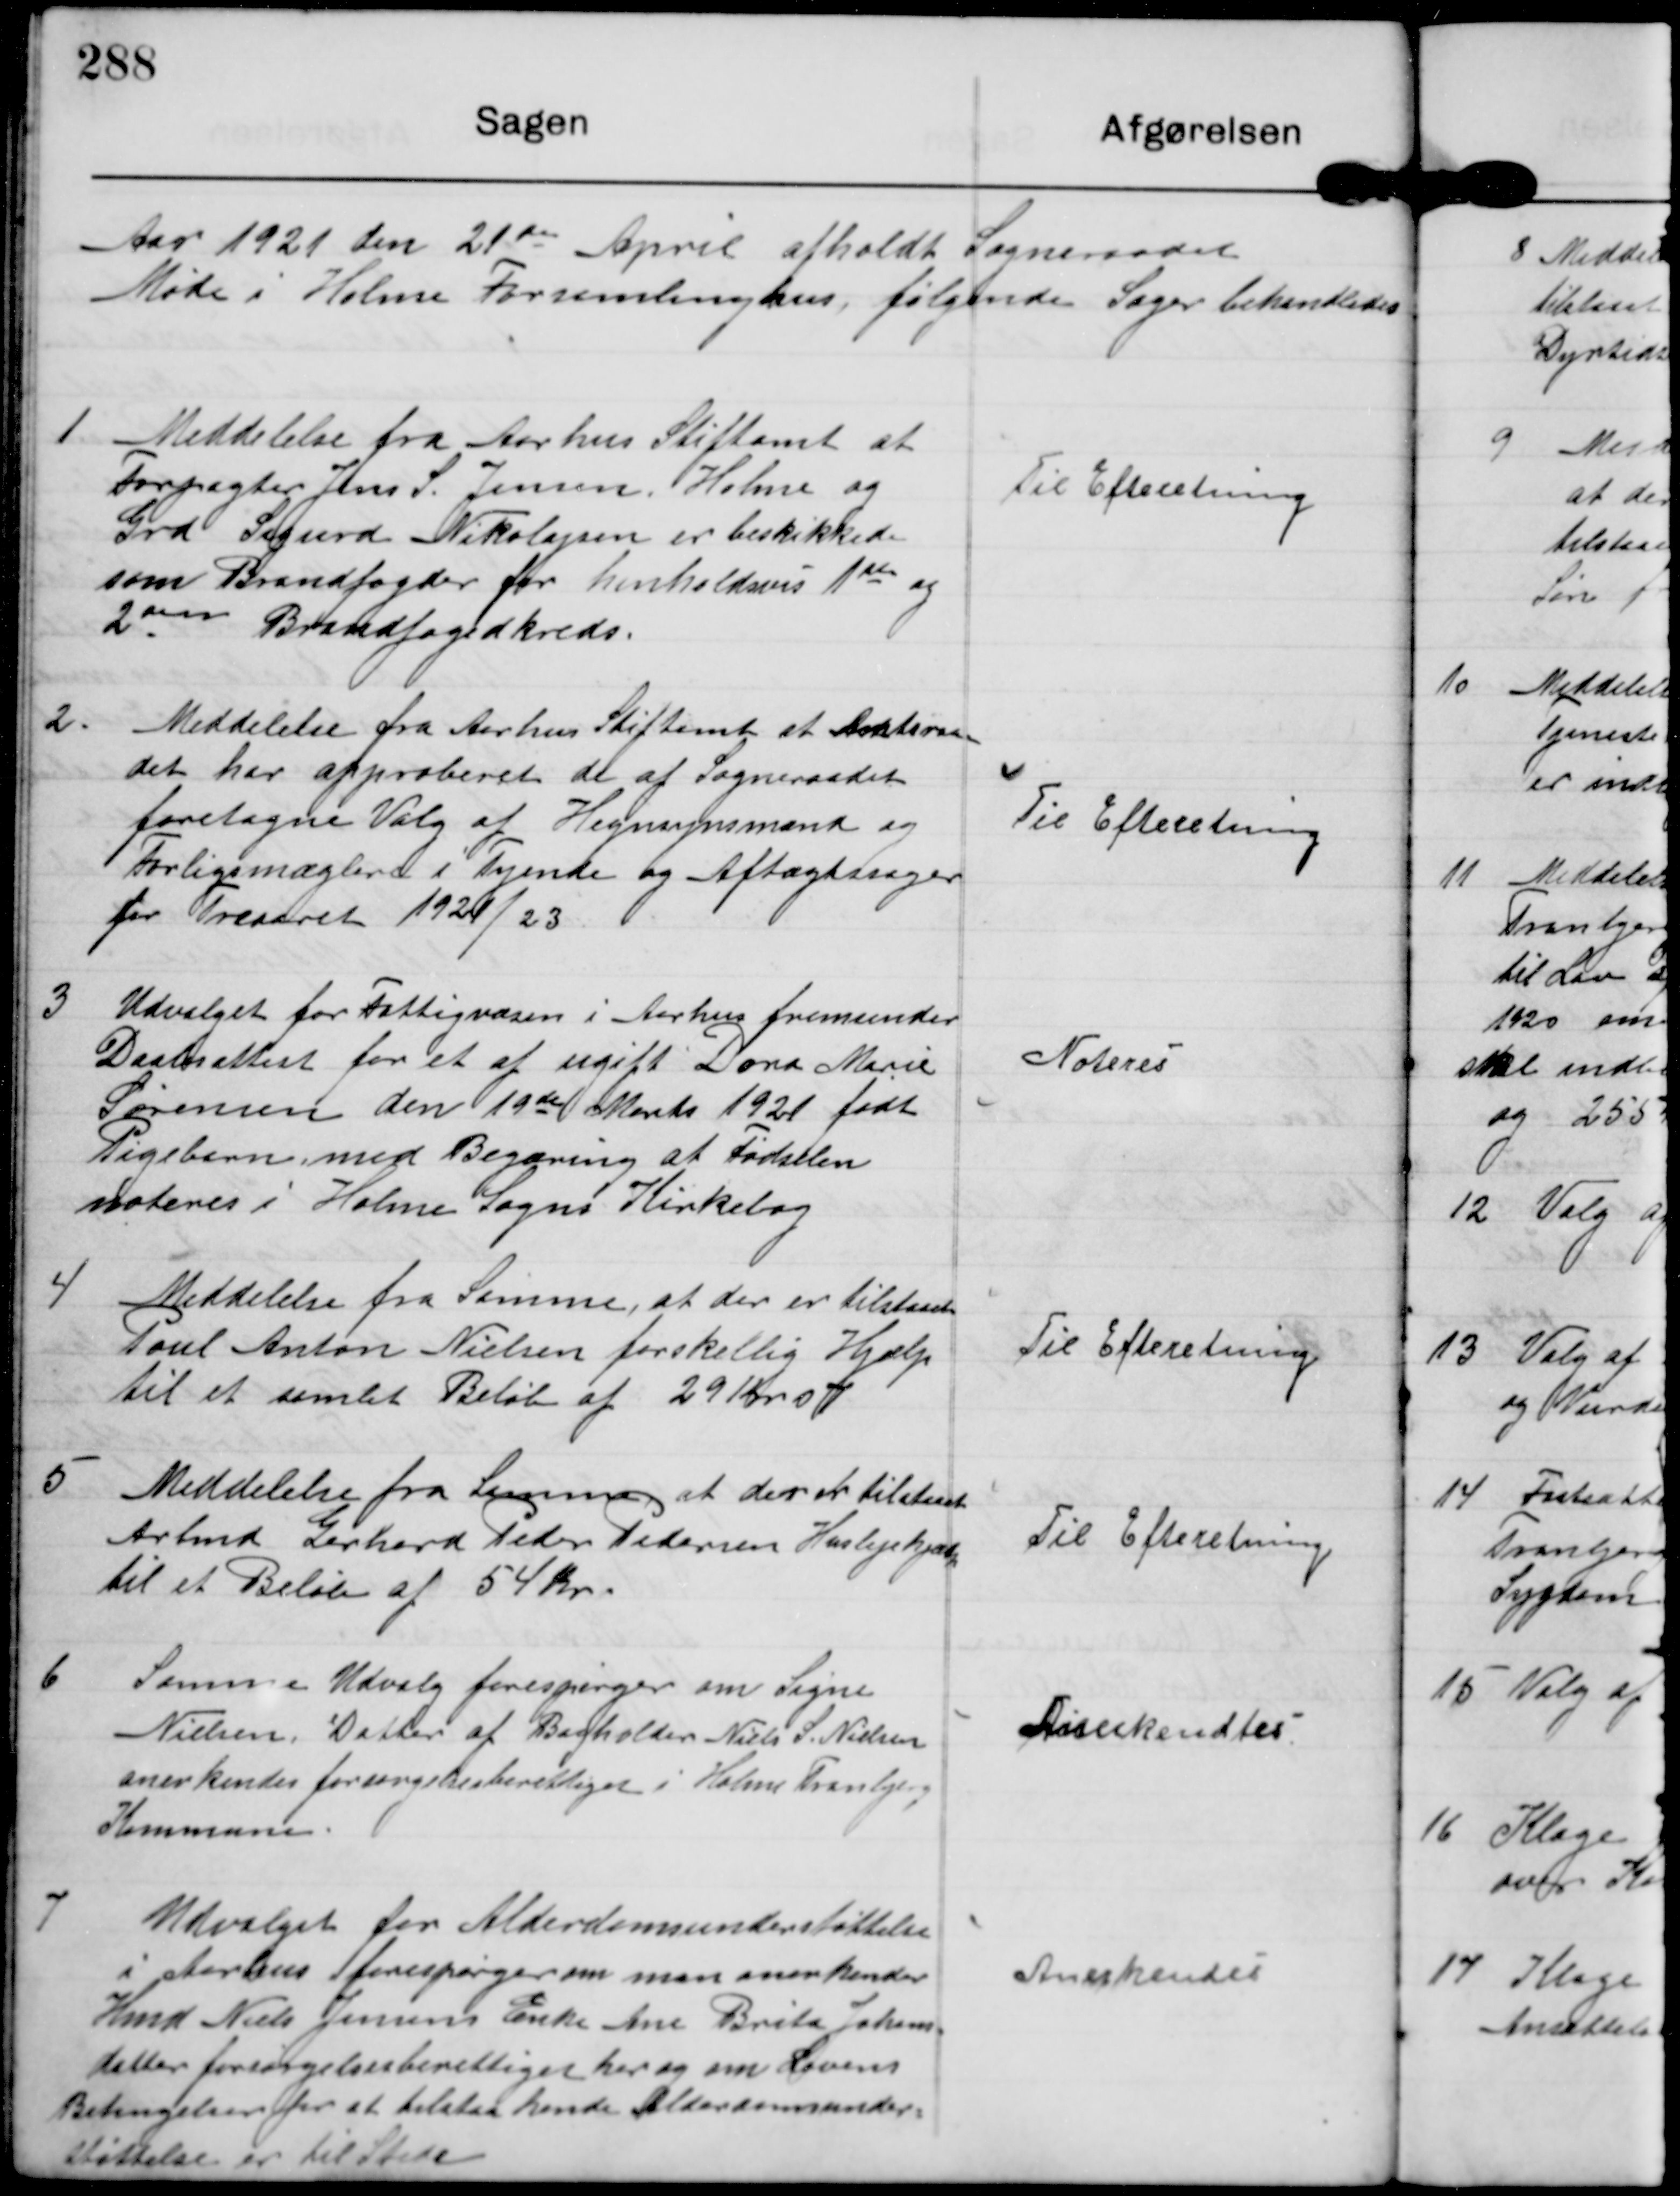
Transskription:
Aar 1921 den 21de April afholdt Sogneraadet
Møde i Holme Forsamlinghus, følgende Sager behandledes

1.

Meddelelse fra Aarhus Stiftamt at
Forpagter Jens S. Jensen Holme og
Grd Sigurd Nikolajsen er beskikket
som Brandfogder for henholdsvis 1ste og
2den Brandfogedkreds

Til Efteretning

2.

Meddelelse fra Aarhus Stiftamt at Amtsraa-
det har approberet de af Sogneraadet
foretagne Valg af Hegnsynsmand og
Forligsmægler i Tyende og Aftægtsager
for Treaaret 1921/23.

Til Efteretning

3

Udvalget for Fattigvæsen i Aarhus fremsender
Daabsattest for et af ugift Dona Marie
Sørensen den 19de Marts 1921 født
Pigebarn med Begæring at Fødselen
noteres i Holme Sogns Kirkebog

Noteres

4

Meddelelse fra Samme, at der er tilstaaet
Paul Anton Nielsen forskellig Hjælp
til et samlet Beløb af 29 Kr o7

Til Efteretning.

5

Meddelelse fra Samme, at der at tilstaaet
Arbmd Gerhard Peder Pedersen Huslejehjælp
til et Beløb af 54 Kr.

Til Efteretning.

6

Samme Udvalg forespørger om Signe
Nielsen, Datter af Bogholder Niels S. Nielsen
anerkendes forsørgelsesberettiget i Holme Tranbjerg
Kommune

Anerkendtes.

7

Udvalget for Alderdomsunderstøttelse
i Aarhus forespørger om man anerkender
Hmd Niels Jensens Enke Ane Brita Johans-
datter forsørgelsesberettiget her og om Lovens
Betingelser for at tilstaa hende Alderdomsunder-
støttelse er til stede

Anerkendes